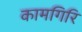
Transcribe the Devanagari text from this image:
कामगिरि